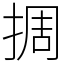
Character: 㨄